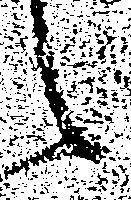
々